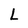
Character: L